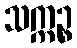
သက္ကဉ္စ